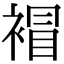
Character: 𧛕